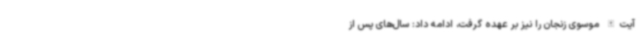
آیت‌الله موسوی زنجان را نیز بر عهده گرفت، ادامه داد: سال‌های پس از